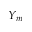
Y _ { m }